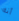
أنه